Report on the working of the mental hospitals for Indians in Bihar and Orissa - 1925-1929
Year: 1925
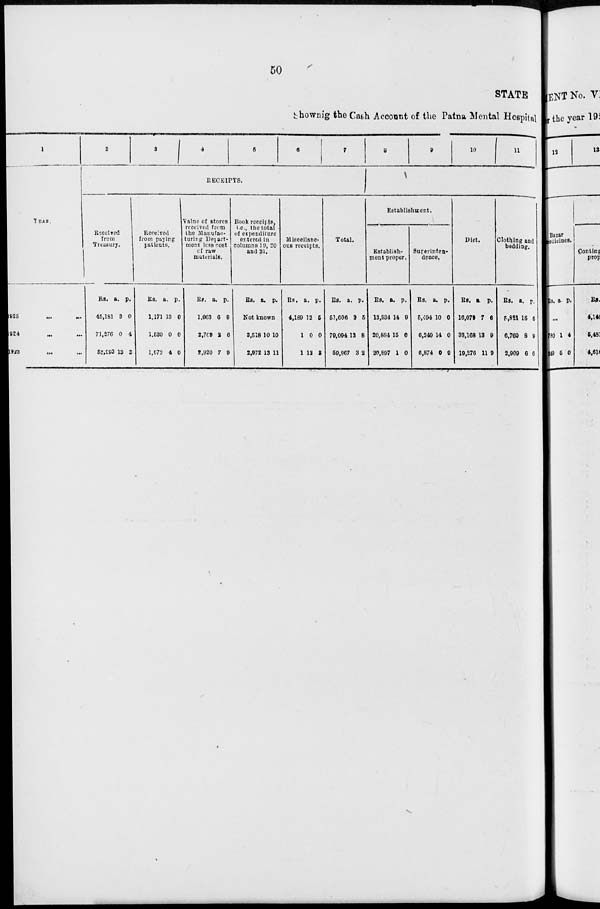
50
STATE
Showing the Cash Account of the Patna Mental Hospital
1
YEAR.
1925
...
...
1924 ... ...
1923 ... ...
2
3
4
5
6
7
RECEIPTS.
Received
from
Treasury.
Rs.
45,181
71,276
52,993
a.
3
0
13
p.
0
4
3
Received
from paying
patients.
Rs.
1,171
1,530
1,072
a.
13
0
4
p.
0
0
0
Value of stores
received from
the Manufac-
turing Depart-
ment less cost
of raw
materials.
Rs.
1,063
2,769
2,920
a.
0
2
7
p.
0
6
9
Book receipts,
i.e., the total
of expenditure
entered in
columns 19, 20
and 21.
Rs. a. p.
Not known
3,518
2,972
10
13
10
11
Miscellane-
ous receipts.
Rs.
4,189
1
1
a.
12
0
12
p.
5
0
2
Total.
Rs.
51,606
79,094
59,967
a.
2
13
3
p.
5
8
2
8
9
10
11
Establishment.
Establish-
ment proper.
Rs.
13,934
20,884
20,897
a.
14
15
1
p.
9
0
0
Superinten-
dence.
Rs.
5,494
6,249
6,874
a.
10
14
0
p.
0
0
0
Diet.
Rs.
16,079
33,168
19,276
a.
7
13
11
p.
6
9
9
Clothing and
bedding.
Rs.
5,821
6,760
2,909
a.
15
8
6
p.
6
9
6